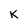
Character: K